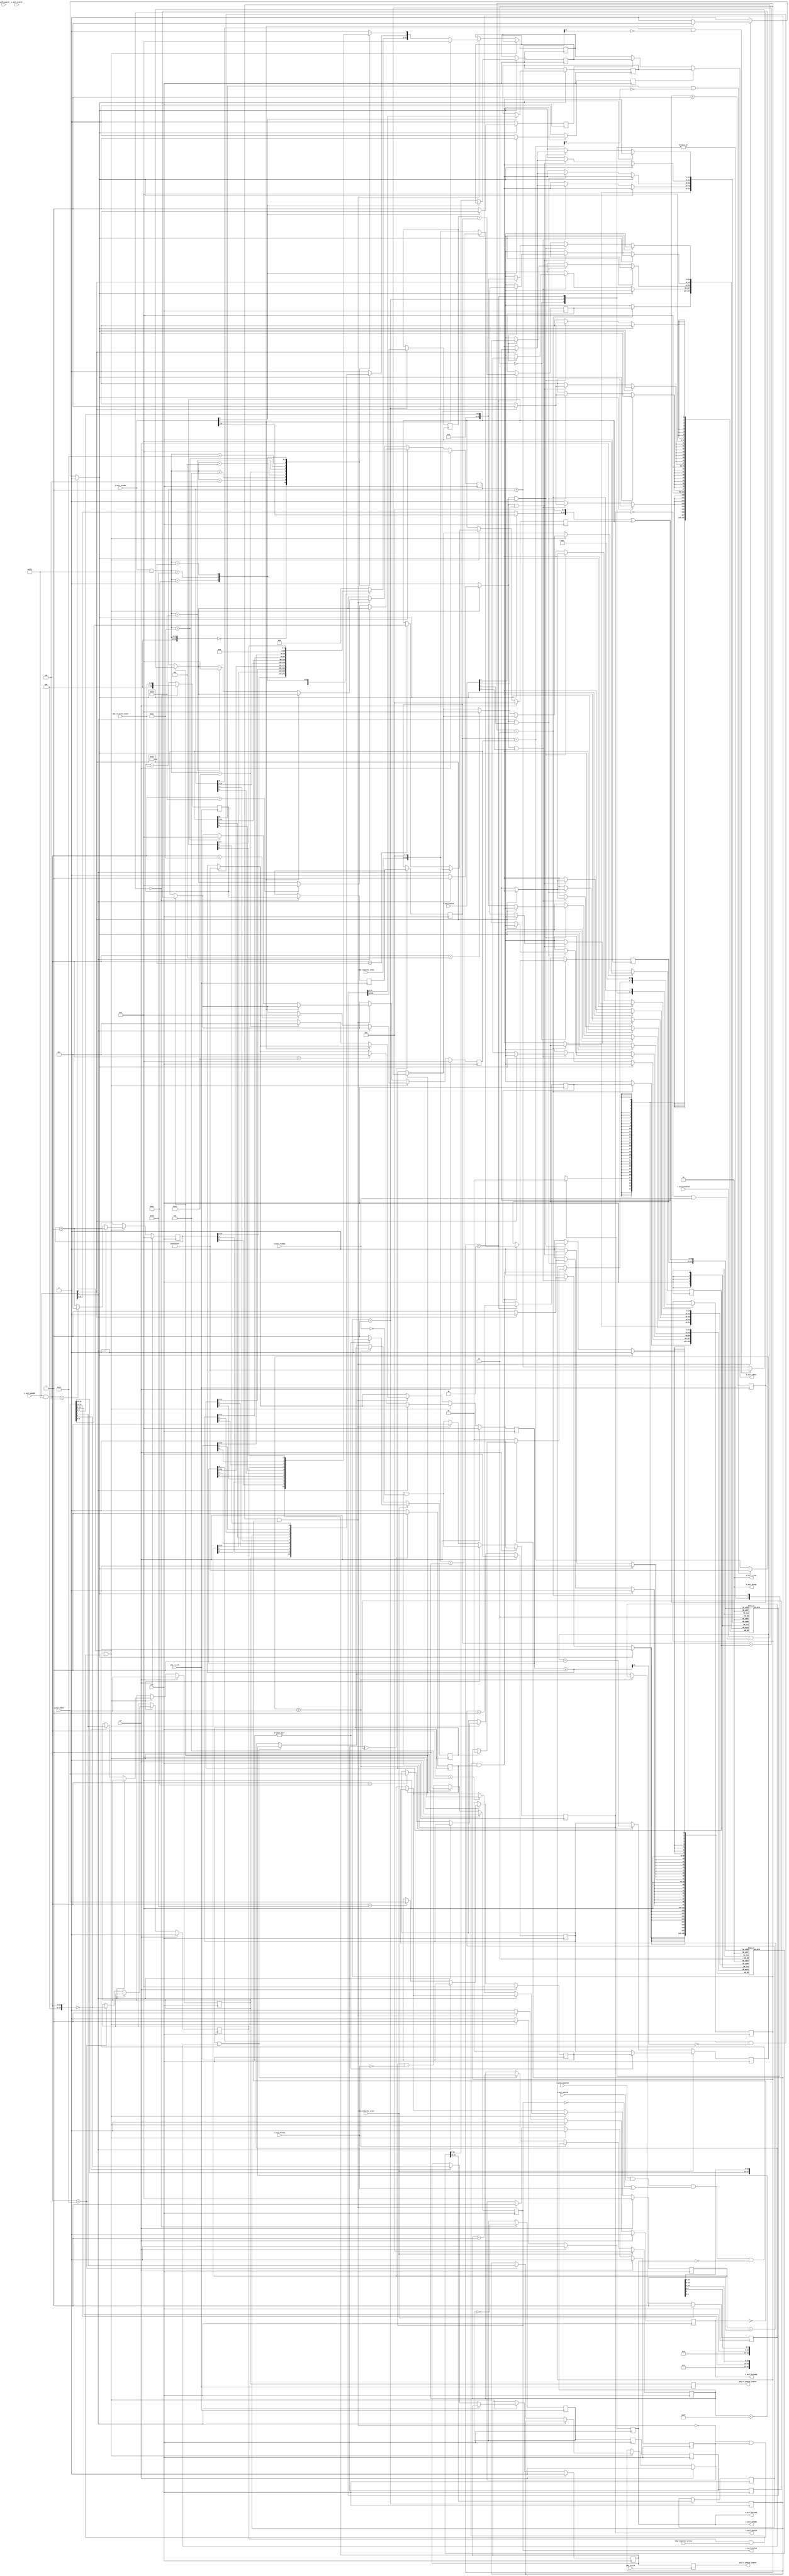
/*

Copyright 2019, The Regents of the University of California.
All rights reserved.

Redistribution and use in source and binary forms, with or without
modification, are permitted provided that the following conditions are met:

   1. Redistributions of source code must retain the above copyright notice,
      this list of conditions and the following disclaimer.

   2. Redistributions in binary form must reproduce the above copyright notice,
      this list of conditions and the following disclaimer in the documentation
      and/or other materials provided with the distribution.

THIS SOFTWARE IS PROVIDED BY THE REGENTS OF THE UNIVERSITY OF CALIFORNIA ''AS
IS'' AND ANY EXPRESS OR IMPLIED WARRANTIES, INCLUDING, BUT NOT LIMITED TO, THE
IMPLIED WARRANTIES OF MERCHANTABILITY AND FITNESS FOR A PARTICULAR PURPOSE ARE
DISCLAIMED. IN NO EVENT SHALL THE REGENTS OF THE UNIVERSITY OF CALIFORNIA OR
CONTRIBUTORS BE LIABLE FOR ANY DIRECT, INDIRECT, INCIDENTAL, SPECIAL,
EXEMPLARY, OR CONSEQUENTIAL DAMAGES (INCLUDING, BUT NOT LIMITED TO, PROCUREMENT
OF SUBSTITUTE GOODS OR SERVICES; LOSS OF USE, DATA, OR PROFITS; OR BUSINESS
INTERRUPTION) HOWEVER CAUSED AND ON ANY THEORY OF LIABILITY, WHETHER IN
CONTRACT, STRICT LIABILITY, OR TORT (INCLUDING NEGLIGENCE OR OTHERWISE) ARISING
IN ANY WAY OUT OF THE USE OF THIS SOFTWARE, EVEN IF ADVISED OF THE POSSIBILITY
OF SUCH DAMAGE.

The views and conclusions contained in the software and documentation are those
of the authors and should not be interpreted as representing official policies,
either expressed or implied, of The Regents of the University of California.

*/

// Language: Verilog 2001

`timescale 1ns / 1ps

/*
 * TDMA BER module
 */
module tdma_ber_ch #
(
    // Timeslot index width
    parameter INDEX_WIDTH = 6,
    // Slice index width
    parameter SLICE_WIDTH = 5,
    // Width of AXI lite data bus in bits
    parameter AXIL_DATA_WIDTH = 32,
    // Width of AXI lite address bus in bits
    parameter AXIL_ADDR_WIDTH = INDEX_WIDTH+4,
    // Width of AXI lite wstrb (width of data bus in words)
    parameter AXIL_STRB_WIDTH = (AXIL_DATA_WIDTH/8)
)
(
    input  wire                        clk,
    input  wire                        rst,

    /*
     * PHY connections
     */
    input  wire                        phy_tx_clk,
    input  wire                        phy_rx_clk,
    input  wire [6:0]                  phy_rx_error_count,
    output wire                        phy_tx_prbs31_enable,
    output wire                        phy_rx_prbs31_enable,

    /*
     * AXI-Lite slave interface
     */
    input  wire [AXIL_ADDR_WIDTH-1:0]  s_axil_awaddr,
    input  wire [2:0]                  s_axil_awprot,
    input  wire                        s_axil_awvalid,
    output wire                        s_axil_awready,
    input  wire [AXIL_DATA_WIDTH-1:0]  s_axil_wdata,
    input  wire [AXIL_STRB_WIDTH-1:0]  s_axil_wstrb,
    input  wire                        s_axil_wvalid,
    output wire                        s_axil_wready,
    output wire [1:0]                  s_axil_bresp,
    output wire                        s_axil_bvalid,
    input  wire                        s_axil_bready,
    input  wire [AXIL_ADDR_WIDTH-1:0]  s_axil_araddr,
    input  wire [2:0]                  s_axil_arprot,
    input  wire                        s_axil_arvalid,
    output wire                        s_axil_arready,
    output wire [AXIL_DATA_WIDTH-1:0]  s_axil_rdata,
    output wire [1:0]                  s_axil_rresp,
    output wire                        s_axil_rvalid,
    input  wire                        s_axil_rready,

    /*
     * TDMA schedule
     */
    input  wire [INDEX_WIDTH-1:0]      tdma_timeslot_index,
    input  wire                        tdma_timeslot_start,
    input  wire                        tdma_timeslot_active
);

parameter VALID_ADDR_WIDTH = AXIL_ADDR_WIDTH - $clog2(AXIL_STRB_WIDTH);
parameter WORD_WIDTH = AXIL_STRB_WIDTH;
parameter WORD_SIZE = AXIL_DATA_WIDTH/WORD_WIDTH;

// check configuration
initial begin
    if (AXIL_ADDR_WIDTH < INDEX_WIDTH+4) begin
        $error("Error: AXI address width too narrow (instance %m)");
        $finish;
    end

    if (AXIL_DATA_WIDTH != 32) begin
        $error("Error: AXI data width must be 32 (instance %m)");
        $finish;
    end

    if (AXIL_STRB_WIDTH * 8 != AXIL_DATA_WIDTH) begin
        $error("Error: Interface requires byte (8-bit) granularity (instance %m)");
        $finish;
    end
end

reg tx_prbs31_enable_reg = 1'b0, tx_prbs31_enable_next;
reg rx_prbs31_enable_reg = 1'b0, rx_prbs31_enable_next;

// PHY TX BER interface
reg phy_tx_prbs31_enable_reg = 1'b0;

always @(posedge phy_tx_clk) begin
    phy_tx_prbs31_enable_reg <= tx_prbs31_enable_reg;
end

assign phy_tx_prbs31_enable = phy_tx_prbs31_enable_reg;

// PHY RX BER interface
reg phy_rx_prbs31_enable_reg = 1'b0;

// accumulate errors, dump every 16 cycles
reg [10:0] phy_rx_error_count_reg = 0;
reg [10:0] phy_rx_error_count_acc_reg = 0;
reg [3:0] phy_rx_count_reg = 4'd0;
reg phy_rx_flag_reg = 1'b0;

always @(posedge phy_rx_clk) begin
    phy_rx_prbs31_enable_reg <= rx_prbs31_enable_reg;

    phy_rx_count_reg <= phy_rx_count_reg + 1;

    if (phy_rx_count_reg == 0) begin
        phy_rx_error_count_reg <= phy_rx_error_count_acc_reg;
        phy_rx_error_count_acc_reg <= phy_rx_error_count;
        phy_rx_flag_reg <= !phy_rx_flag_reg;
    end else begin
        phy_rx_error_count_acc_reg <= phy_rx_error_count_acc_reg + phy_rx_error_count;
    end
end

assign phy_rx_prbs31_enable = phy_rx_prbs31_enable_reg;

// synchronize dumped counts to control clock domain
reg rx_flag_sync_reg_1 = 1'b0;
reg rx_flag_sync_reg_2 = 1'b0;
reg rx_flag_sync_reg_3 = 1'b0;

always @(posedge clk) begin
    rx_flag_sync_reg_1 <= phy_rx_flag_reg;
    rx_flag_sync_reg_2 <= rx_flag_sync_reg_1;
    rx_flag_sync_reg_3 <= rx_flag_sync_reg_2;
end

reg [31:0] cycle_count_reg = 32'd0, cycle_count_next;
reg [31:0] update_count_reg = 32'd0, update_count_next;
reg [31:0] rx_error_count_reg = 32'd0, rx_error_count_next;

reg [31:0] atomic_cycle_count_reg = 32'd0, atomic_cycle_count_next;
reg [31:0] atomic_update_count_reg = 32'd0, atomic_update_count_next;
reg [31:0] atomic_rx_error_count_reg = 32'd0, atomic_rx_error_count_next;

reg accumulate_enable_reg = 1'b0, accumulate_enable_next;
reg slice_enable_reg = 1'b0, slice_enable_next;

reg [31:0] slice_time_reg = 0, slice_time_next;
reg [31:0] slice_offset_reg = 0, slice_offset_next;

reg [SLICE_WIDTH-1:0] slice_select_reg = 0, slice_select_next;

reg error_count_mem_read_reg = 0;
reg [31:0] error_count_mem_read_data_reg = 0;
reg update_count_mem_read_reg = 0;
reg [31:0] update_count_mem_read_data_reg = 0;

reg [31:0] error_count_mem[(2**(INDEX_WIDTH+SLICE_WIDTH))-1:0];
reg [31:0] update_count_mem[(2**(INDEX_WIDTH+SLICE_WIDTH))-1:0];

integer i;

initial begin
    for (i = 0; i < 2**(INDEX_WIDTH+SLICE_WIDTH); i = i + 1) begin
        error_count_mem[i] = 0;
        update_count_mem[i] = 0;
    end
end

reg [10:0] phy_rx_error_count_sync_reg = 0;
reg phy_rx_error_count_sync_valid_reg = 1'b0;

always @(posedge clk) begin
    phy_rx_error_count_sync_valid_reg <= 1'b0;
    if (rx_flag_sync_reg_2 ^ rx_flag_sync_reg_3) begin
        phy_rx_error_count_sync_reg <= phy_rx_error_count_reg;
        phy_rx_error_count_sync_valid_reg <= 1'b1;
    end
end

reg slice_running_reg = 1'b0;
reg slice_active_reg = 1'b0;
reg [31:0] slice_count_reg = 0;
reg [SLICE_WIDTH-1:0] cur_slice_reg = 0;

reg [1:0] accumulate_state_reg = 0;
reg [31:0] rx_ts_update_count_read_reg = 0;
reg [31:0] rx_ts_error_count_read_reg = 0;
reg [31:0] rx_ts_update_count_reg = 0;
reg [31:0] rx_ts_error_count_reg = 0;
reg [INDEX_WIDTH+SLICE_WIDTH-1:0] index_reg = 0;

always @(posedge clk) begin
    if (tdma_timeslot_start) begin
        slice_running_reg <= 1'b1;
        if (slice_offset_reg) begin
            slice_active_reg <= 1'b0;
            slice_count_reg <= slice_offset_reg;
        end else begin
            slice_active_reg <= 1'b1;
            slice_count_reg <= slice_time_reg;
        end
        cur_slice_reg <= 0;
    end else if (slice_count_reg > 0) begin
        slice_count_reg <= slice_count_reg - 1;
    end else begin
        slice_count_reg <= slice_time_reg;
        slice_active_reg <= slice_running_reg;
        if (slice_active_reg && slice_running_reg) begin
            cur_slice_reg <= cur_slice_reg + 1;
            slice_running_reg <= cur_slice_reg < {SLICE_WIDTH{1'b1}};
            slice_active_reg <= cur_slice_reg < {SLICE_WIDTH{1'b1}};
        end
    end

    case (accumulate_state_reg)
        2'd0: begin
            if (accumulate_enable_reg && tdma_timeslot_active && phy_rx_error_count_sync_valid_reg) begin
                if (slice_enable_reg) begin
                    index_reg <= (tdma_timeslot_index << SLICE_WIDTH) + cur_slice_reg;
                    if (slice_active_reg) begin
                        accumulate_state_reg <= 2'd1;
                    end
                end else begin
                    index_reg <= (tdma_timeslot_index << SLICE_WIDTH);
                    accumulate_state_reg <= 2'd1;
                end
            end
        end
        2'd1: begin
            rx_ts_update_count_read_reg <= update_count_mem[index_reg];
            rx_ts_error_count_read_reg <= error_count_mem[index_reg];

            accumulate_state_reg <= 2'd2;
        end
        2'd2: begin
            rx_ts_error_count_reg <= rx_ts_error_count_read_reg + phy_rx_error_count_sync_reg;
            rx_ts_update_count_reg <= rx_ts_update_count_read_reg + 1;

            // if ((rx_ts_error_count_reg + inc_reg) >> 32) begin
            //     rx_ts_error_count_reg <= 32'hffffffff;
            // end else begin
            //     rx_ts_error_count_reg <= rx_ts_error_count_reg + inc_reg;
            // end

            // if ((rx_ts_update_count_reg + 1) >> 32) begin
            //     rx_ts_update_count_reg <= 32'hffffffff;
            // end else begin
            //     rx_ts_update_count_reg <= rx_ts_update_count_reg + 1;
            // end

            accumulate_state_reg <= 2'd3;
        end
        2'd3: begin
            update_count_mem[index_reg] <= rx_ts_update_count_reg;
            error_count_mem[index_reg] <= rx_ts_error_count_reg;

            accumulate_state_reg <= 2'd0;
        end
        default: begin
            accumulate_state_reg <= 2'd0;
        end
    endcase
end

// control registers
reg read_eligible;
reg write_eligible;

reg mem_wr_en;
reg mem_rd_en;

reg last_read_reg = 1'b0, last_read_next;

reg s_axil_awready_reg = 1'b0, s_axil_awready_next;
reg s_axil_wready_reg = 1'b0, s_axil_wready_next;
reg s_axil_bvalid_reg = 1'b0, s_axil_bvalid_next;
reg s_axil_arready_reg = 1'b0, s_axil_arready_next;
reg [AXIL_DATA_WIDTH-1:0] s_axil_rdata_reg = {AXIL_DATA_WIDTH{1'b0}}, s_axil_rdata_next;
reg s_axil_rvalid_reg = 1'b0, s_axil_rvalid_next;

assign s_axil_awready = s_axil_awready_reg;
assign s_axil_wready = s_axil_wready_reg;
assign s_axil_bresp = 2'b00;
assign s_axil_bvalid = s_axil_bvalid_reg;
assign s_axil_arready = s_axil_arready_reg;
assign s_axil_rdata = error_count_mem_read_reg ? error_count_mem_read_data_reg : (update_count_mem_read_reg ? update_count_mem_read_data_reg : s_axil_rdata_reg);
assign s_axil_rresp = 2'b00;
assign s_axil_rvalid = s_axil_rvalid_reg;

wire [INDEX_WIDTH+SLICE_WIDTH-1:0] axil_ram_addr = ((mem_rd_en ? s_axil_araddr[INDEX_WIDTH+1+2-1:1+2] : s_axil_awaddr[INDEX_WIDTH+1+2-1:1+2]) << SLICE_WIDTH) | slice_select_reg;

always @* begin
    mem_wr_en = 1'b0;
    mem_rd_en = 1'b0;

    last_read_next = last_read_reg;

    s_axil_awready_next = 1'b0;
    s_axil_wready_next = 1'b0;
    s_axil_bvalid_next = s_axil_bvalid_reg && !s_axil_bready;

    s_axil_arready_next = 1'b0;
    s_axil_rdata_next = s_axil_rdata_reg;
    s_axil_rvalid_next = s_axil_rvalid_reg && !s_axil_rready;

    cycle_count_next = cycle_count_reg + 1;

    update_count_next = update_count_reg;
    rx_error_count_next = rx_error_count_reg;
    if (phy_rx_error_count_sync_valid_reg) begin
        update_count_next = update_count_reg + 1;
        rx_error_count_next = phy_rx_error_count_sync_reg + rx_error_count_reg;
    end

    atomic_cycle_count_next = atomic_cycle_count_reg + 1;
    if (atomic_cycle_count_reg[31] && ~atomic_cycle_count_next[31]) begin
        atomic_cycle_count_next = 32'hffffffff;
    end

    atomic_update_count_next = atomic_update_count_reg;
    atomic_rx_error_count_next = atomic_rx_error_count_reg;
    if (phy_rx_error_count_sync_valid_reg) begin
        atomic_update_count_next = atomic_update_count_reg + 1;
        atomic_rx_error_count_next = phy_rx_error_count_sync_reg + atomic_rx_error_count_reg;

        // saturate
        if (atomic_update_count_reg[31] && ~atomic_update_count_next[31]) begin
            atomic_update_count_next = 32'hffffffff;
        end
        if (atomic_rx_error_count_reg[31] && ~atomic_rx_error_count_next[31]) begin
            atomic_rx_error_count_next = 32'hffffffff;
        end
    end

    accumulate_enable_next = accumulate_enable_reg;
    slice_enable_next = slice_enable_reg;

    slice_time_next = slice_time_reg;
    slice_offset_next = slice_offset_reg;

    slice_select_next = slice_select_reg;

    tx_prbs31_enable_next = tx_prbs31_enable_reg;
    rx_prbs31_enable_next = rx_prbs31_enable_reg;

    write_eligible = s_axil_awvalid && s_axil_wvalid && (!s_axil_bvalid || s_axil_bready) && (!s_axil_awready && !s_axil_wready);
    read_eligible = s_axil_arvalid && (!s_axil_rvalid || s_axil_rready) && (!s_axil_arready);

    if (write_eligible && (!read_eligible || last_read_reg)) begin
        last_read_next = 1'b0;

        s_axil_awready_next = 1'b1;
        s_axil_wready_next = 1'b1;
        s_axil_bvalid_next = 1'b1;

        if (s_axil_awaddr[INDEX_WIDTH+2+1+1-1]) begin
            mem_wr_en = 1'b1;
        end else begin
            case (s_axil_awaddr & ({AXIL_ADDR_WIDTH{1'b1}} << 2))
                16'h0000: begin
                    // control
                    tx_prbs31_enable_next = s_axil_wdata[0];
                    rx_prbs31_enable_next = s_axil_wdata[1];
                end
                16'h0004: begin
                    // cycle count
                    cycle_count_next = 1;
                end
                16'h0008: begin
                    // update count
                    update_count_next = 0;
                end
                16'h000C: begin
                    // error count
                    rx_error_count_next = 0;
                end
                16'h0014: begin
                    // cycle count
                    atomic_cycle_count_next = 1;
                end
                16'h0018: begin
                    // update count
                    atomic_update_count_next = 0;
                end
                16'h001C: begin
                    // error count
                    atomic_rx_error_count_next = 0;
                end
                16'h0020: begin
                    // control
                    accumulate_enable_next = s_axil_wdata[0];
                    slice_enable_next = s_axil_wdata[1];
                end
                16'h0024: begin
                    // slice time
                    slice_time_next = s_axil_wdata;
                end
                16'h0028: begin
                    // slice offset
                    slice_offset_next = s_axil_wdata;
                end
                16'h0030: begin
                    // slice select
                    slice_select_next = s_axil_wdata;
                end
            endcase
        end
    end else if (read_eligible) begin
        last_read_next = 1'b1;

        s_axil_arready_next = 1'b1;
        s_axil_rvalid_next = 1'b1;
        s_axil_rdata_next = {AXIL_DATA_WIDTH{1'b0}};

        if (s_axil_araddr[INDEX_WIDTH+2+1+1-1]) begin
            mem_rd_en = 1'b1;
        end else begin
            case (s_axil_araddr & ({AXIL_ADDR_WIDTH{1'b1}} << 2))
                16'h0000: begin
                    // control
                    s_axil_rdata_next[0] = tx_prbs31_enable_reg;
                    s_axil_rdata_next[1] = rx_prbs31_enable_reg;
                end
                16'h0004: begin
                    // cycle count
                    s_axil_rdata_next = cycle_count_reg;
                end
                16'h0008: begin
                    // update count
                    s_axil_rdata_next = update_count_reg;
                end
                16'h000C: begin
                    // error count
                    s_axil_rdata_next = rx_error_count_reg;
                end
                16'h0014: begin
                    // cycle count
                    s_axil_rdata_next = atomic_cycle_count_reg;
                    atomic_cycle_count_next = 1;
                end
                16'h0018: begin
                    // update count
                    s_axil_rdata_next = atomic_update_count_reg;
                    atomic_update_count_next = 0;
                end
                16'h001C: begin
                    // error count
                    s_axil_rdata_next = atomic_rx_error_count_reg;
                    atomic_rx_error_count_next = 0;
                end
                16'h0020: begin
                    // control
                    s_axil_rdata_next[0] = accumulate_enable_reg;
                    s_axil_rdata_next[1] = slice_enable_reg;
                end
                16'h0024: begin
                    // slice time
                    s_axil_rdata_next = slice_time_reg;
                end
                16'h0028: begin
                    // slice offset
                    s_axil_rdata_next = slice_offset_reg;
                end
                16'h0030: begin
                    // slice select
                    s_axil_rdata_next = slice_select_reg;
                end
            endcase
        end
    end
end

always @(posedge clk) begin
    if (rst) begin
        last_read_reg <= 1'b0;

        s_axil_awready_reg <= 1'b0;
        s_axil_wready_reg <= 1'b0;
        s_axil_bvalid_reg <= 1'b0;

        s_axil_arready_reg <= 1'b0;
        s_axil_rvalid_reg <= 1'b0;

        cycle_count_reg <= 32'd0;
        update_count_reg <= 32'd0;
        rx_error_count_reg <= 32'd0;

        atomic_cycle_count_reg <= 32'd0;
        atomic_update_count_reg <= 32'd0;
        atomic_rx_error_count_reg <= 32'd0;

        accumulate_enable_reg <= 1'b0;
        slice_enable_reg <= 1'b0;

        slice_time_reg <= 32'd0;
        slice_offset_reg <= 32'd0;

        slice_select_reg <= 0;

        tx_prbs31_enable_reg <= 1'b0;
        rx_prbs31_enable_reg <= 1'b0;
    end else begin
        last_read_reg <= last_read_next;

        s_axil_awready_reg <= s_axil_awready_next;
        s_axil_wready_reg <= s_axil_wready_next;
        s_axil_bvalid_reg <= s_axil_bvalid_next;

        s_axil_arready_reg <= s_axil_arready_next;
        s_axil_rvalid_reg <= s_axil_rvalid_next;

        cycle_count_reg <= cycle_count_next;
        update_count_reg <= update_count_next;
        rx_error_count_reg <= rx_error_count_next;

        atomic_cycle_count_reg <= atomic_cycle_count_next;
        atomic_update_count_reg <= atomic_update_count_next;
        atomic_rx_error_count_reg <= atomic_rx_error_count_next;

        accumulate_enable_reg <= accumulate_enable_next;
        slice_enable_reg <= slice_enable_next;

        slice_time_reg <= slice_time_next;
        slice_offset_reg <= slice_offset_next;

        slice_select_reg <= slice_select_next;

        tx_prbs31_enable_reg <= tx_prbs31_enable_next;
        rx_prbs31_enable_reg <= rx_prbs31_enable_next;
    end

    s_axil_rdata_reg <= s_axil_rdata_next;

    error_count_mem_read_reg <= 1'b0;
    update_count_mem_read_reg <= 1'b0;

    if (mem_rd_en) begin
        if (s_axil_araddr[2]) begin
            error_count_mem_read_data_reg <= error_count_mem[axil_ram_addr];
            error_count_mem_read_reg <= 1'b1;
        end else begin
            update_count_mem_read_data_reg <= update_count_mem[axil_ram_addr];
            update_count_mem_read_reg <= 1'b1;
        end
    end else begin
        for (i = 0; i < WORD_WIDTH; i = i + 1) begin
            if (mem_wr_en && s_axil_wstrb[i]) begin
                if (s_axil_awaddr[2]) begin
                    error_count_mem[axil_ram_addr][WORD_SIZE*i +: WORD_SIZE] <= s_axil_wdata[WORD_SIZE*i +: WORD_SIZE];
                end else begin
                    update_count_mem[axil_ram_addr][WORD_SIZE*i +: WORD_SIZE] <= s_axil_wdata[WORD_SIZE*i +: WORD_SIZE];
                end
            end
        end
    end
end

endmodule